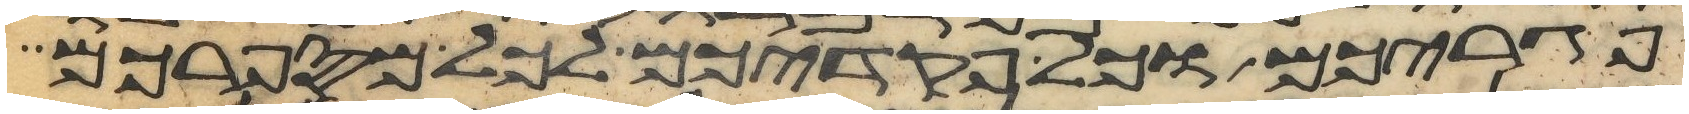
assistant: פגריכם וכל פקדיכם לכל מספרכם